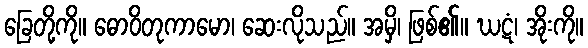
ခြေတို့ကို။ ဓောဝိတုကာမော၊ ဆေးလိုသည်။ အမှိ၊ ဖြစ်၏။ ဃဋံ၊ အိုးကို။